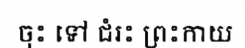
ចុះ ទៅ ជំរះ ព្រះកាយ